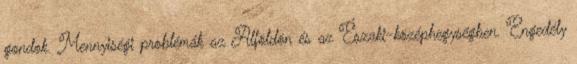
gondok. Mennyiségi problémák az Alföldön és az Északi-középhegységben. Engedély